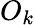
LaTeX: O_{k}